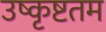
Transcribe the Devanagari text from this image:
उष्कृष्टतम